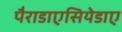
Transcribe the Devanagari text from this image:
पैराडाएसियेडाए